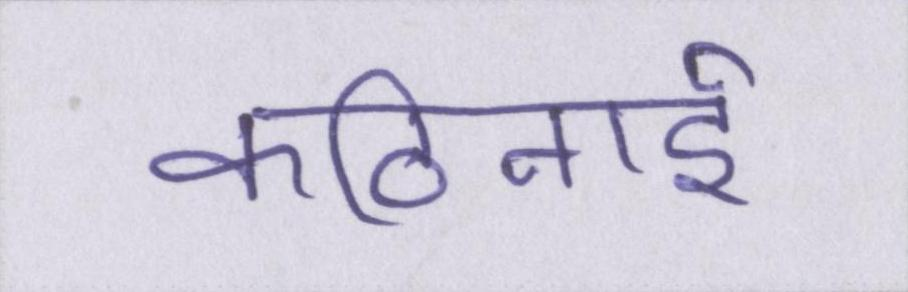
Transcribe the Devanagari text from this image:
कठिनाई